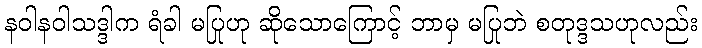
နဝါနဝါသဒ္ဒါက ရံခါ မပြုဟု ဆိုသောကြောင့် ဘာမှ မပြုဘဲ စတုဒ္ဒသဟုလည်း